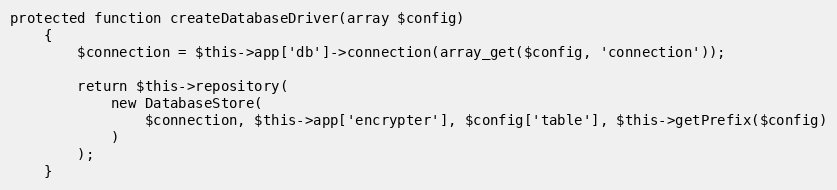
Language: PHP
protected function createDatabaseDriver(array $config)
	{
		$connection = $this->app['db']->connection(array_get($config, 'connection'));

		return $this->repository(
			new DatabaseStore(
				$connection, $this->app['encrypter'], $config['table'], $this->getPrefix($config)
			)
		);
	}